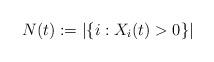
LaTeX: \begin{align*}N(t) : = \vert \{i: X_i(t) > 0\} \vert\end{align*}